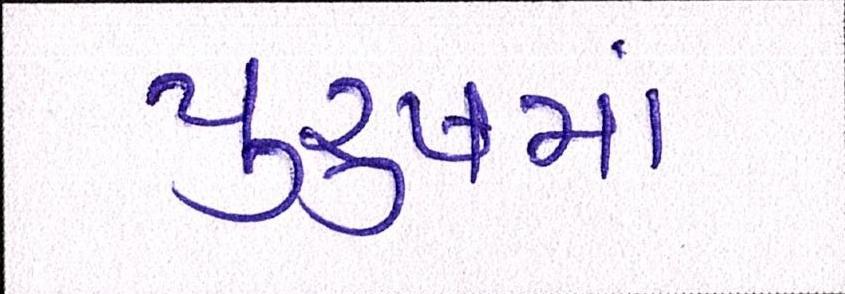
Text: પુરુષમાં